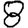
Digit: 8